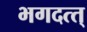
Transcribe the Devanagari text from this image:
भगदत्त्